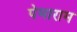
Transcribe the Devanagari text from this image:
पेमाराम